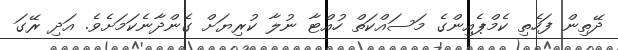
ދޭތިން ފަހެތި ކެމްޕެއިންގެ މަސައްކަތް ހުއްޓާ ނުލާ ކުރިޔަށް ގެންދާނެކަމަށެވެ. އަދި ރޭގަ